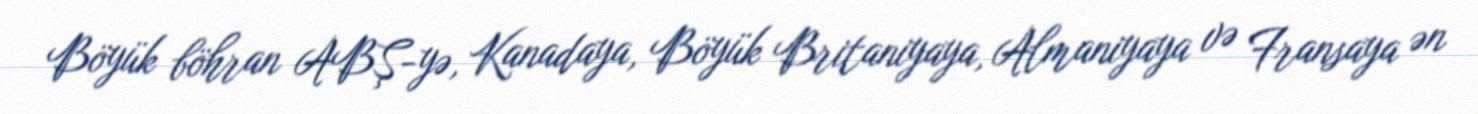
Böyük böhran ABŞ-yə, Kanadaya, Böyük Britaniyaya, Almaniyaya və Fransaya ən